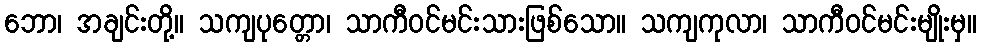
ဘော၊ အချင်းတို့။ သကျပုတ္တော၊ သာကီဝင်မင်းသားဖြစ်သော။ သကျကုလာ၊ သာကီဝင်မင်းမျိုးမှ။